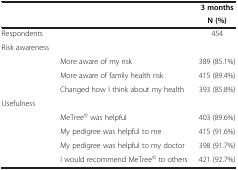
|  |  | 3 months |
 |  |  | N (%) |
 | --- | --- | --- |
 | Respondents |  | 454 |
 | Risk awareness |  |  |
 |  | More aware of my risk | 389 (85.1%) |
 |  | More aware of family health risk | 415 (89.4%) |
 |  | Changed how I think about my health | 393 (85.8%) |
 | Usefulness |  |  |
 |  | MeTree© was helpful | 403 (89.6%) |
 |  | My pedigree was helpful to me | 415 (91.6%) |
 |  | My pedigree was helpful to my doctor | 398 (91.7%) |
 |  | I would recommend MeTree© to others | 421 (92.7%) |